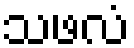
သဖလံ